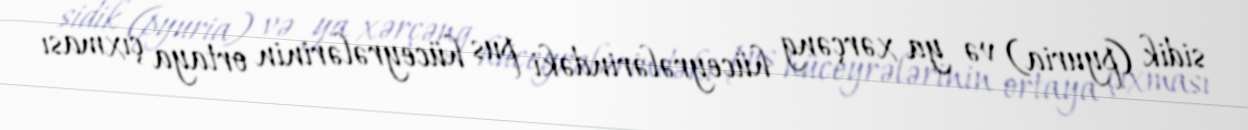
sidik (pyuria) və ya xərçəng hüceyrələrindəki pus hüceyrələrinin ortaya çıxması